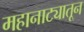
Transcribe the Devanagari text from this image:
महानाट्यातून